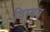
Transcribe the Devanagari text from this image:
विस्म्रत